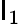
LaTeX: \mathsf{I}_{1}